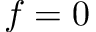
f = 0